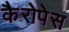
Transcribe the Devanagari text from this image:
कैरोपेस